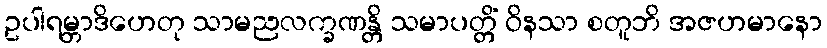
ဥပါရမ္ဘာဒိဟေတု သာမညလက္ခဏန္တိ သမာပတ္တိံ ဝိနသာ စတူဘိ အဇဟမာနော